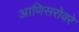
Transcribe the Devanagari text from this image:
आणिसरोवरे